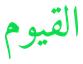
القيوم